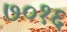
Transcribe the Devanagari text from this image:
७०१६